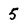
Character: 5